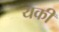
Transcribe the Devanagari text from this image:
यकीं